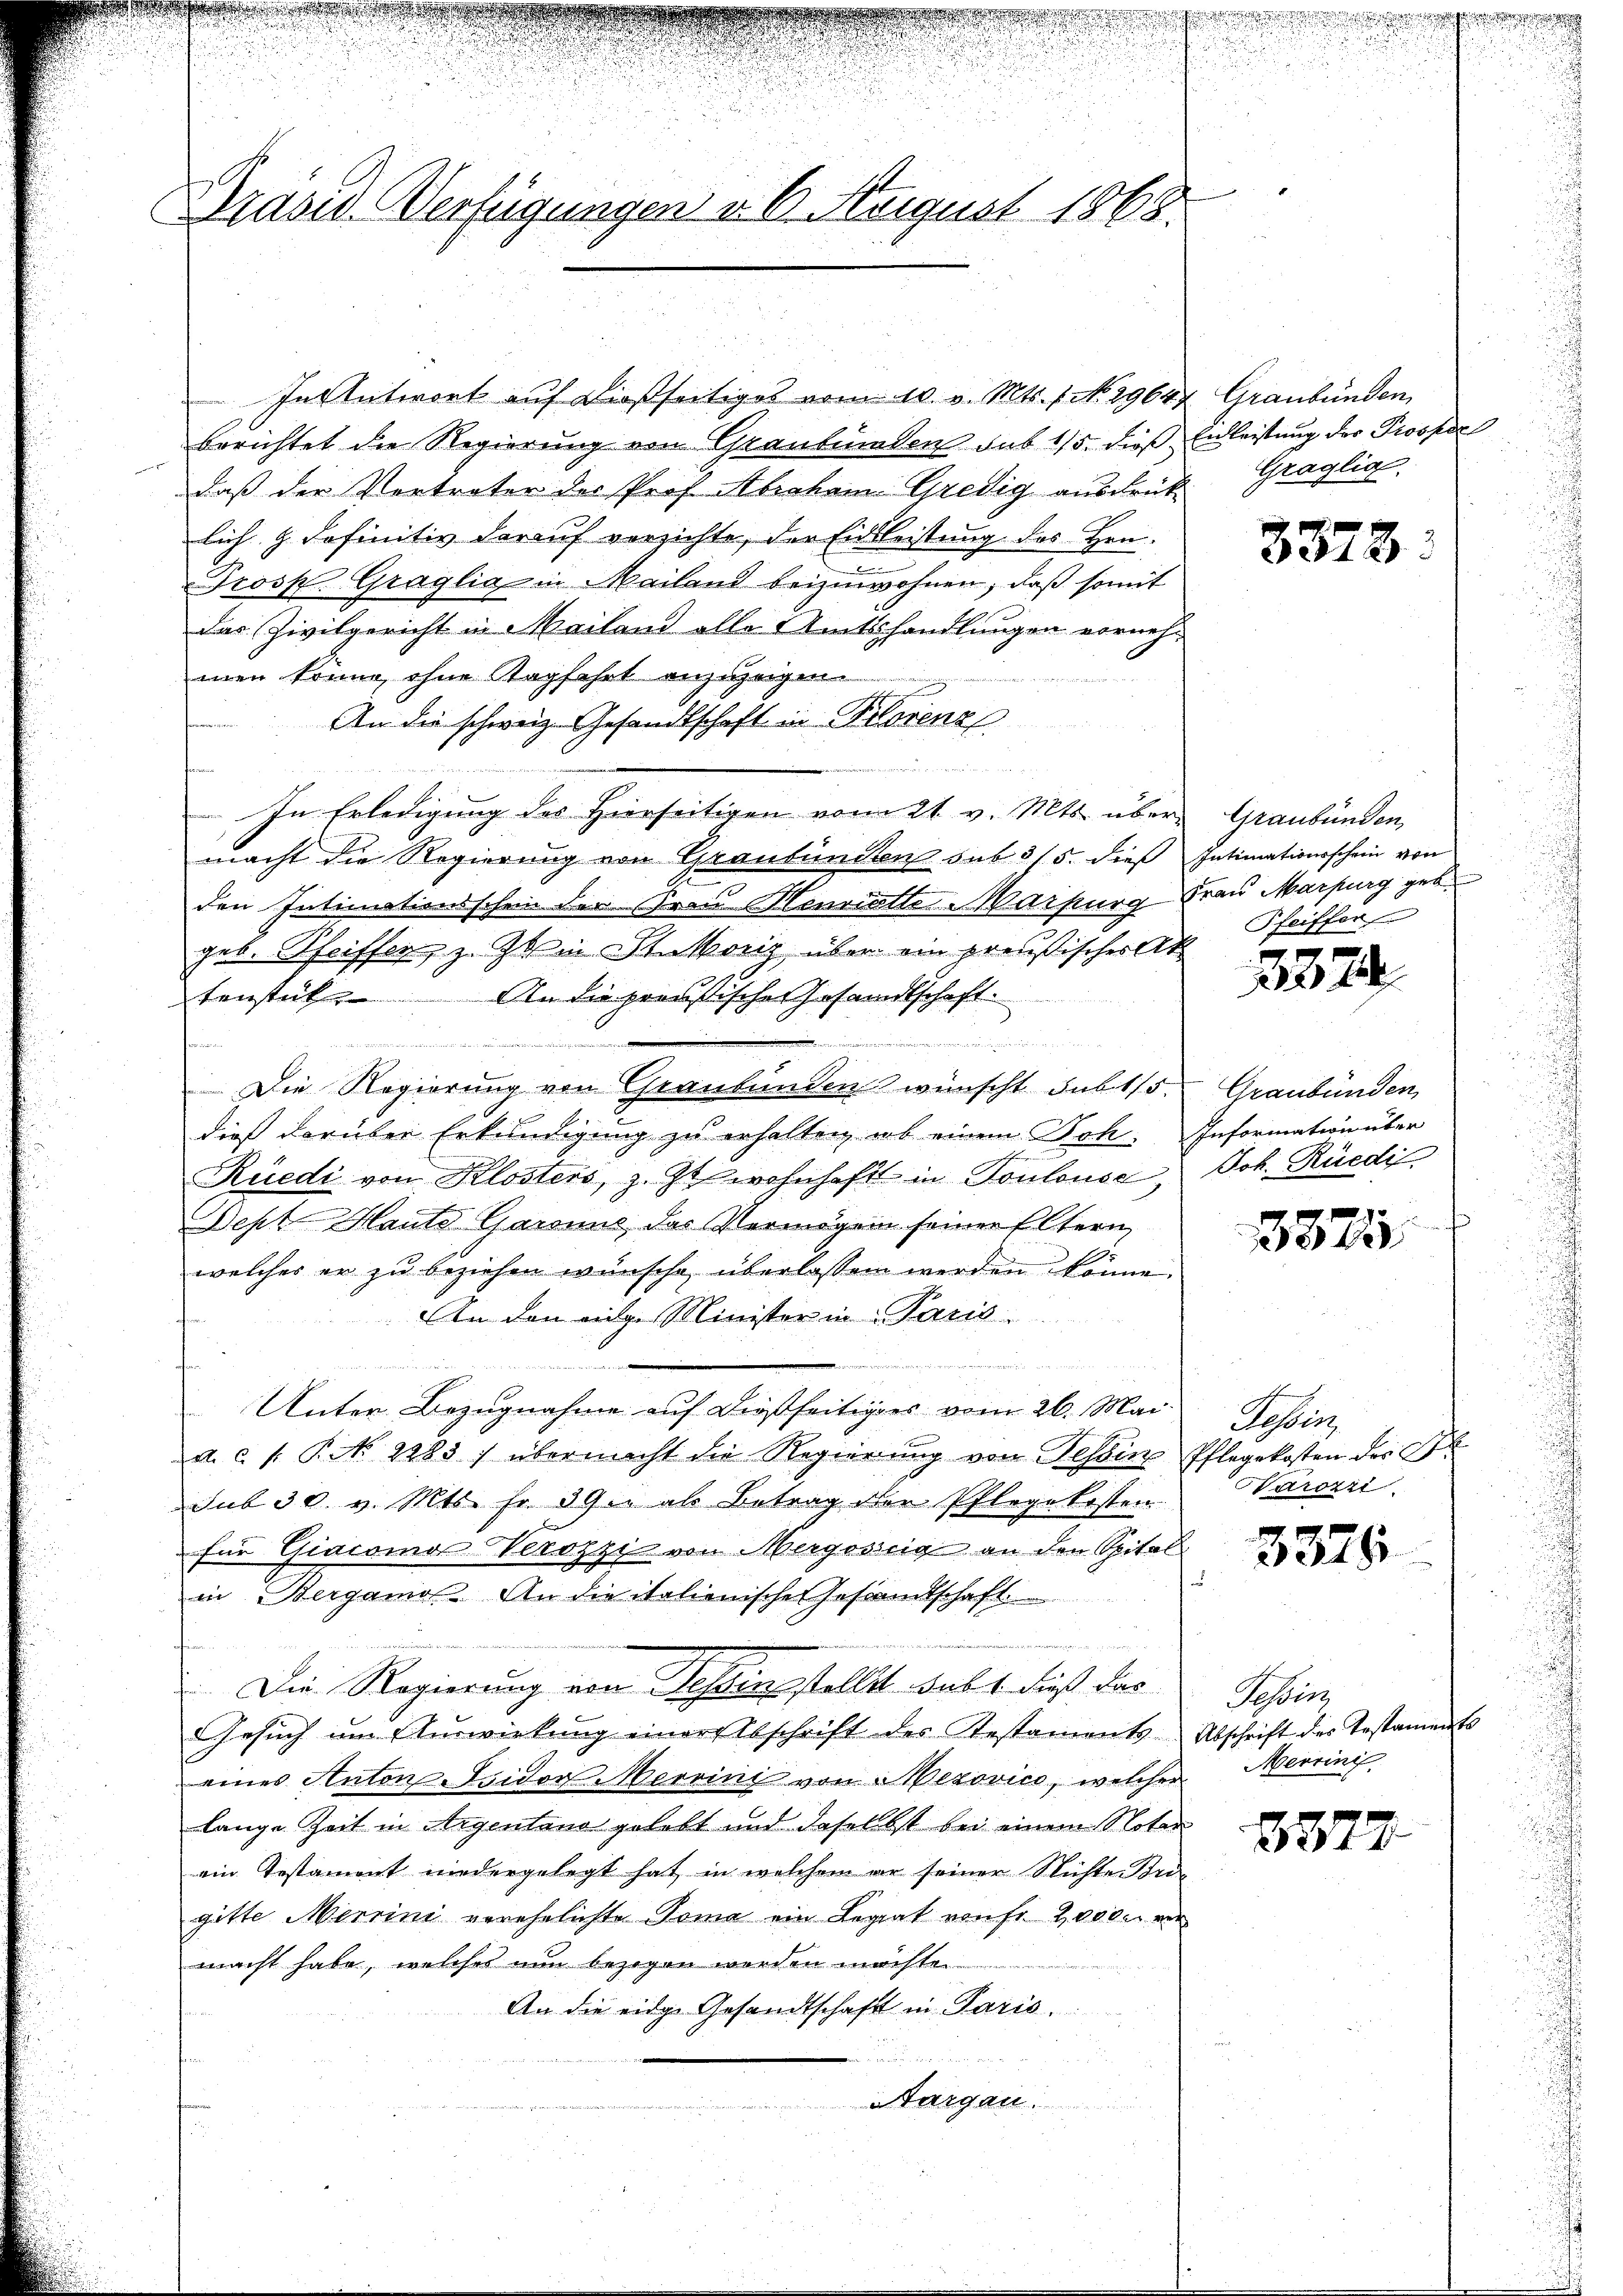
d

2
.
Brasis Verfügungen v. 6. August 1868.

In Antwort auf dießseitiges vom 10. v. Mts. f. No. 29644 Graubünden,
berichtet die Regierung von Graubünden sub 15. dießdaß der Vertreter der Prof. Abraham Gredig ausdrük Graglic
lich & definitiv darauf verzichte, der Eidsleistung des Hrn.
Prosk. Graglia in Mailand beizuwohnen, daß somit
das Zivilgericht in Mailand alle Amtshandlungen vornehmen könne, ohne Stapfehrt anzuzeigen.
An die schweiz. Gesandtschaft in Prorenz
  d
In Erledigung des Hierseitigen vom 21. v. Mts. über Graubünden
macht die Regierung von Graubünden sub 3/5. dies Intimationsschein von
den Intimationsschein der Frau Henriett. Marburg Frau Marpurg geb.
geb. Pfeiffer, z. Z. in Stutoriz über ein preußischer Ak
tenstück An die pressische Gesandtschaft.
i

Die Regierung von Graubünden wünscht sub 15. Graubünden,
dieß darüber Erkundigung zu erhalten, ob einem Joh. Information über
Rüedi von Klosters, z. Zt. wohnhaft in Toulouse,
Deph Haute Garanns das Vermögen seiner Eltern,
E
welches er zu beziehen wünsche überlassen werden könne.
An den eige Minister in Paris

e
Unter Bezugnahme auf dießseitiges vom 26. Mai
a. c. s. S. 2883) übermacht die Regierung von Tessin Pflegekosten des B
sub 30. v. Mts. fr. 39. als Betrag der Pflegekosten
für Giacomos Verozzi von Mergosssig an den Spital
in Bergamo An die italienische Gesandtschaft

Die Regierung von Tessin stellt habt dieß das
Gesŭch ŭm Aŭswirkŭng einer Abschrift des Testaments-Abschrift des Testaments
eines Anton-Tsidor errini von Mezovico, welcher
lange Zeit in Argentano gelebt und daselbst bei einem Notar
ein Testament niedergelegt hat, in welchem er seiner Nichte Brigitte Merrini verehelichte Toma ein Regiat von fr 2000 ver
macht habe, welches nun bezogen werden machte.
An die eidg. Gesandtschaft in Paris.
a
argau.

Einleistung der Prosper

3878.

Pfeiffer

3374

Joh. Rüedi
unde

u

3875

Bessen
Sarozzi.

3375

3377

.

Gesetz
Merrini